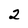
Character: 2